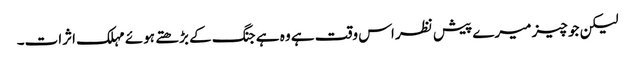
لیکن جو چیز میرے پیش نظر اس وقت ہے وہ ہے جنگ کے بڑھتے ہوئے مہلک اثرات۔